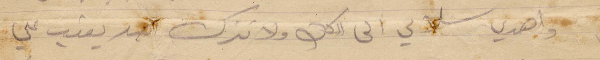
واهدي سلامي الى الكل ولا تترك احد يعتب علي